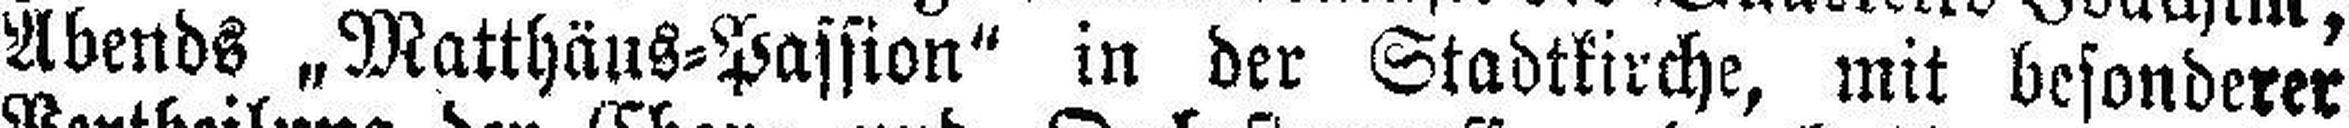
Abends „Matthäus=Passion“ in der Stadtkirche, mit besonderer